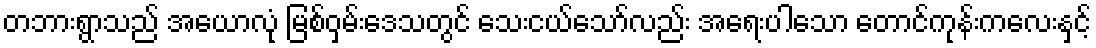
တဘားရွာသည် အေယာလုံ မြစ်ဝှမ်းဒေသတွင် သေးငယ်သော်လည်း အရေးပါသော တောင်ကုန်းကလေးနှင့်